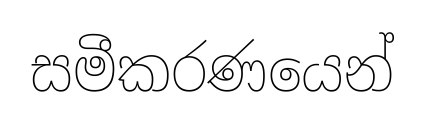
සමීකරණයෙන්